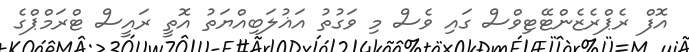
އޮފް ރެޕްރެޒެންޓޭޓިވްސް ގައި ވެސް މި ވަގުތު އަޣުލަބިއްޔަތު އޮތީ ރައީސް ޓްރަމްޕްގެ